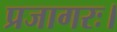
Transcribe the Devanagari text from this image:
प्रजागरः।